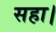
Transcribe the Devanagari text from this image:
सहा।